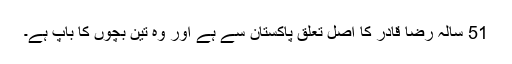
51 سالہ رضا قادر کا اصل تعلق پاکستان سے ہے اور وہ تین بچوں کا باپ ہے۔